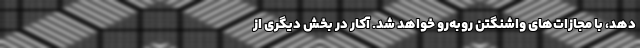
دهد، با مجازات‌های واشنگتن رو‌به‌رو خواهد شد. آکار در بخش دیگری از